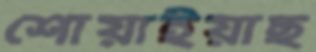
শোয়াইয়াছ